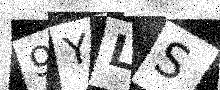
Text: 9YLS